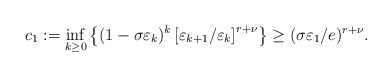
\begin{align*}c_1:=\inf_{k \geq 0}\left\{(1 - \sigma \varepsilon_{k})^{k}\left[\varepsilon_{k+1} / \varepsilon_{k}\right]^{r + \nu}\right\}\geq( \sigma \varepsilon_1 / e)^{r + \nu}.\end{align*}